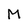
Character: M